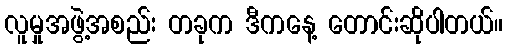
လူမှုအဖွဲ့အစည်း တခုက ဒီကနေ့ တောင်းဆိုပါတယ်။